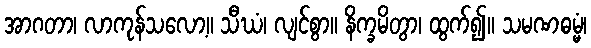
အာဂတာ၊ လာကုန်သလော့။ သီဃံ၊ လျင်စွာ။ နိက္ခမိတွာ၊ ထွက်၍။ သမဏဓမ္မံ၊